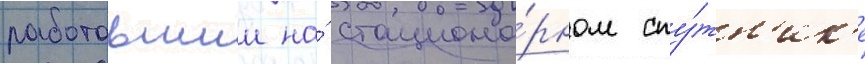
работавшии на́ стациона́рном спу́тн'ик'е